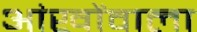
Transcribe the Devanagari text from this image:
आंखोंवाला